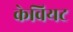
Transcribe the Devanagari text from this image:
केवियट